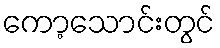
ကော့သောင်းတွင်